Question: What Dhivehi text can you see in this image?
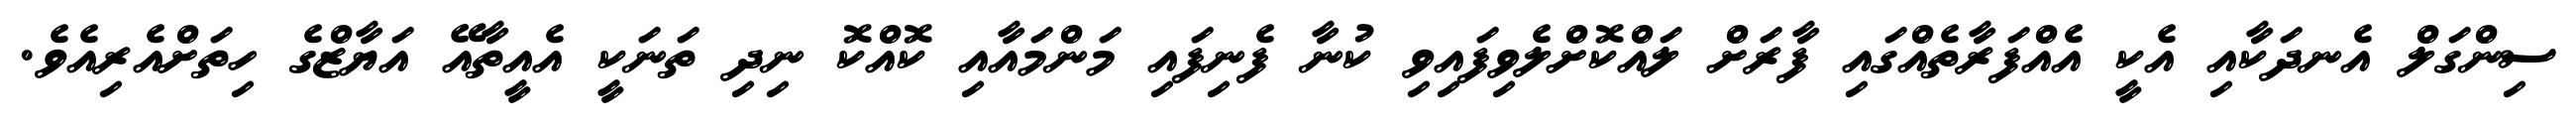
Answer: ސިންގަލް އެނދަކާއި އެކީ އެއްފަރާތެއްގައި ފާރަށް ލައްކޮށްލެވިފައިވި ކުނާ ފެނިފައި މަންމައާއި ކޮއްކޮ ނިދި ތަނަކީ އެއީތާއޭ އަޔާޒްގެ ހިތަށްއެރިއެވެ.